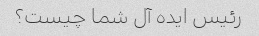
رئیس ایده آل شما چیست؟